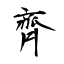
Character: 齊